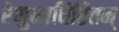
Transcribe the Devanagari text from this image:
रेणुकाधिष्ठितम्‌